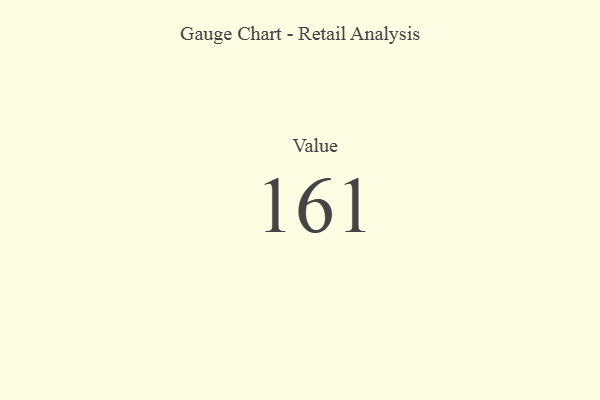
{"axis": {"x": "Metric", "y": "Value"}, "legend": [""], "data": [{"x": "Value", "y": 161, "type": ""}]}